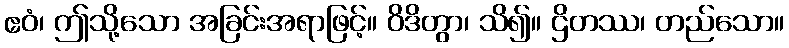
ဧဝံ၊ ဤသို့သော အခြင်းအရာဖြင့်။ ဝိဒိတွာ၊ သိ၍။ ဌိတဿ၊ တည်သော။